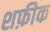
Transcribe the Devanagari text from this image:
शफ़ीक